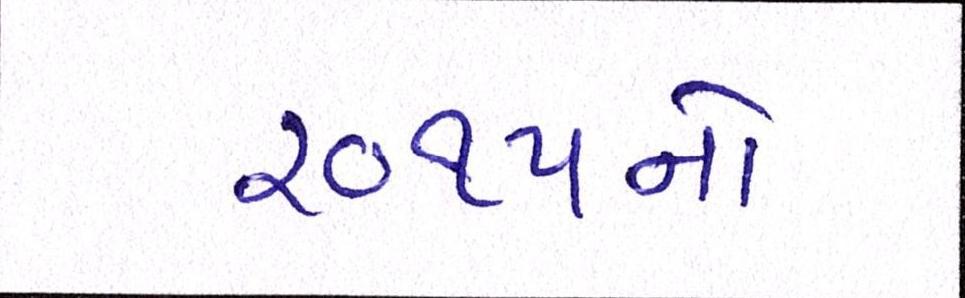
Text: ૨૦૧૫નો